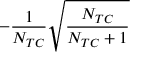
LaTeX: - { \frac { 1 } { N _ { T C } } } \sqrt { \frac { N _ { T C } } { N _ { T C } + 1 } }